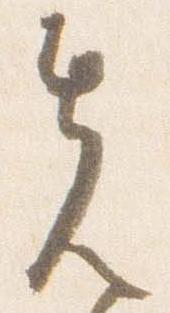
先